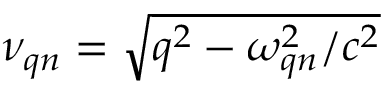
\nu _ { \boldsymbol { q } n } = \sqrt { q ^ { 2 } - { \omega _ { \boldsymbol { q } n } ^ { 2 } } / { c ^ { 2 } } }